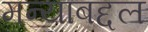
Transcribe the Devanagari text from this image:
मन्याबद्दल